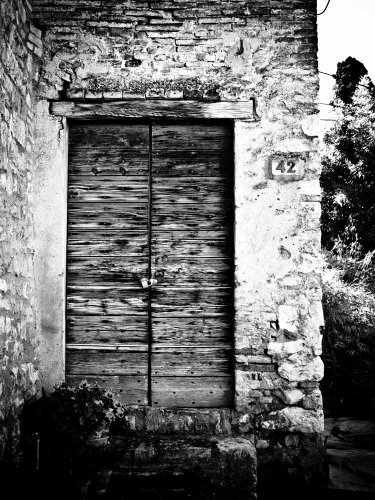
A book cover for Why Confess To A Priest? A Dialogue Between A Priest And A Protestant; S.J. MARTIN SCOTT; Christian Books & Bibles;